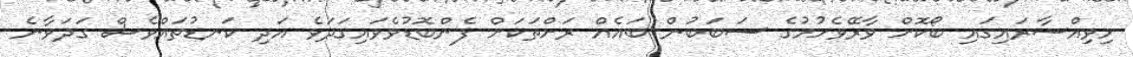
މިވިއްސާރައިގައި ބޯކޮށް ވާރޭވެހުމުގެ ސަބަބުން ބައެއް ރަށްތަކަށް ފެންބޮޑުވެވައިގަދަވެ އަދި ކަނޑުތައްވެސް ގަދަވާނެ